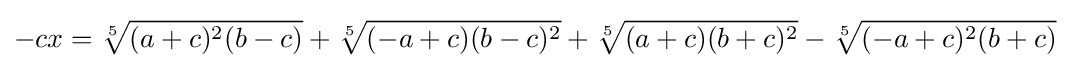
-cx={\sqrt[{5}]{(a+c)^{2}(b-c)}}+{\sqrt[{5}]{(-a+c)(b-c)^{2}}}+{\sqrt[{5}]{(a+c)(b+c)^{2}}}-{\sqrt[{5}]{(-a+c)^{2}(b+c)}}